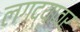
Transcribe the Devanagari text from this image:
लगद्यावर